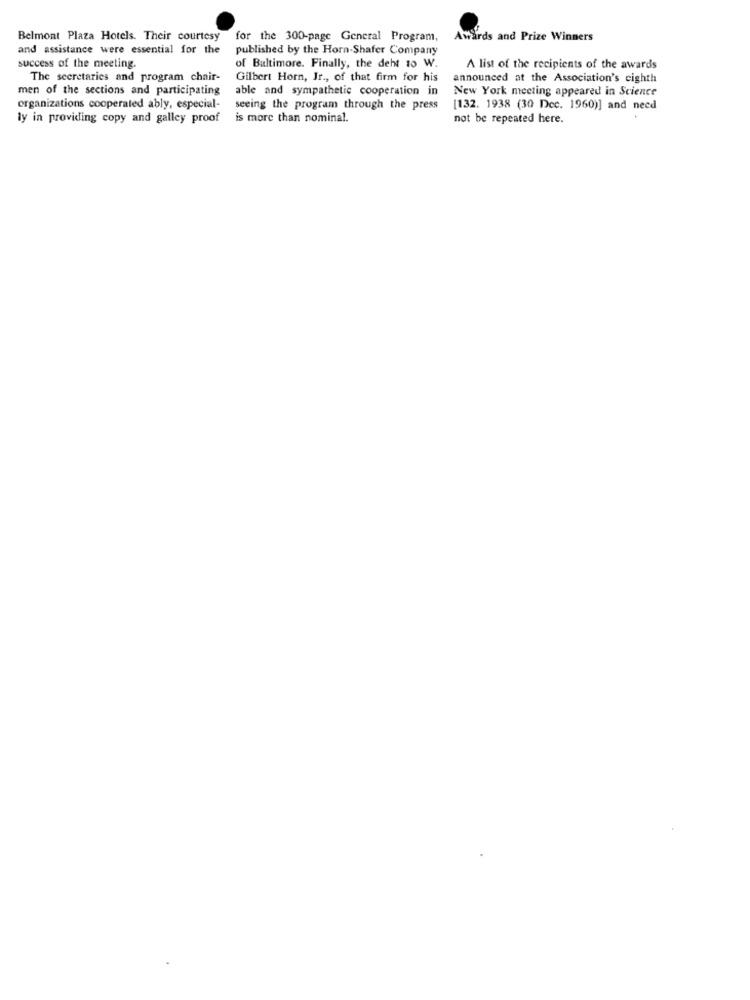
Belmont Plaza Hotels. Their courtesy
for the 300-page General Program,
Awards and Prize Winners
and assistance were essential for the
published by the Horn-Shafer Company
success of the meeting.
of Baltimore. Finally, the deht 10 W.
A list of the recipients of the awards
The secretaries and program chair-
Gilbert Horn, Jr ., of that firm for his
announced at the Association's eighth
men of the sections and participating
able and sympathetic cooperation in
New York meeting appeared in Science
organizations cooperated ably, especial-
seeing the program through the press
[132. 1938 (30 Dec. 1960)] and need
ly in providing copy and galley proof
is more than nominal.
not be repeated here.